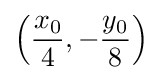
\left({\frac {x_{0}}{4}},-{\frac {y_{0}}{8}}\right)